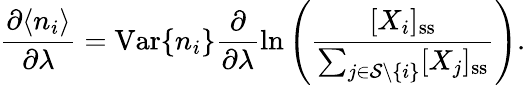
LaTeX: \frac{\partial\langle n_{i}\rangle}{\partial\lambda}=\mathrm{Var}\{ n_{i}\} \frac{\partial}{\partial\lambda}\ln\left(\frac{[X_{i}]_{\mathrm{ss}}}{\sum_{j\in\mathcal{S}\setminus\{ i\} }[X_{j}]_{\mathrm{ss}}}\right).